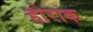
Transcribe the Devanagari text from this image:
होराक